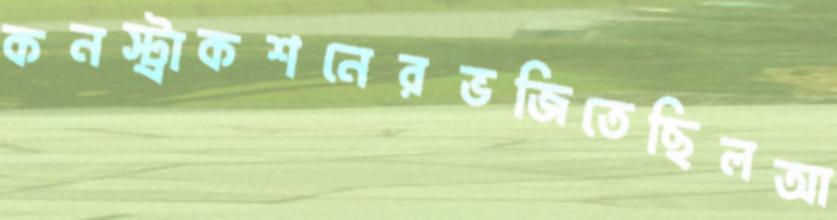
কনস্ট্রাকশনেরভজিতেছিলআ